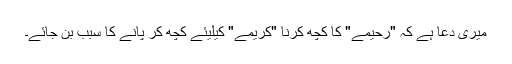
میری دعا ہے کہ "رحیمے" کا کچھ کرنا "کریمے" کیلیئے کچھ کر پانے کا سبب بن جائے۔